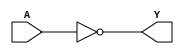
`timescale  1ns /  10ps

`celldefine

/* NOT */

module inv (
  input  wire A ,
  output wire Y );
  not (Y, A);
endmodule


/* BUFIF1 */

module tribuf (
  input  wire A ,
  input  wire E ,
  output wire Y );
  bufif1 (Y, A, E);
endmodule


/* AND */


/* NAND */

module nd2 (
  input  wire A ,
  input  wire B ,
  output wire Y );
  nand (Y, A, B);
endmodule

module nd3 (
  input  wire A ,
  input  wire B ,
  input  wire C ,
  output wire Y );
  nand (Y, A, B, C);
endmodule

module nd8 (
  input  wire A ,
  input  wire B ,
  input  wire C ,
  input  wire D ,
  input  wire E ,
  input  wire F ,
  input  wire G ,
  input  wire H ,
  output wire Y );
  nand (Y, A, B, C, D, E, F, G, H);
endmodule


/* OR */

module or2 (
  input  wire A ,
  input  wire B ,
  output wire Y );
  or (Y, A, B);
endmodule


/* NOR */

module nr2 (
  input  wire A ,
  input  wire B ,
  output wire Y );
  nor (Y, A, B);
endmodule

module nr3 (
  input  wire A ,
  input  wire B ,
  input  wire C ,
  output wire Y );
  nor (Y, A, B, C);
endmodule


/* AND-OR-INV */

module ao21 (
  input  wire A ,
  input  wire B ,
  input  wire C ,
  output wire Y );
  and (ab, A, B);
  nor (Y, ab, C);
endmodule

module ao211 (
  input  wire A ,
  input  wire B ,
  input  wire C ,
  input  wire D ,
  output wire Y );
  and (ab, A, B);
  nor (Y, ab, C, D);
endmodule


/* OR-AND-INV */

module oa21 (
  input  wire A ,
  input  wire B ,
  input  wire C ,
  output wire Y );
  or (ab, A, B);
  nand (Y, ab, C);
endmodule

module oa211 (
  input  wire A ,
  input  wire B ,
  input  wire C ,
  input  wire D ,
  output wire Y );
  or (ab, A, B);
  nand (Y, ab, C, D);
endmodule


/* D-TYPE FLIP-FLOPS */

// Edge Triggered D Flipflop Implementation

module dff_neg (
  input  wire D   ,
  input  wire CKN ,
  output wire Q   );
  nor  (mq,  mqn, sqn, CKN);
  nor  (mqn, mq,       D  );
  nor  (sq,  sqn, mqn     );
  nor  (sqn, sq,       CKN);
  nor  (Q,      sqn, QN);
  nor  (QN,     mq,  Q );
endmodule

module dffr (
  input  wire D  ,
  input  wire CK ,
  input  wire RN ,
  output wire Q  );
  nand (mq,  mqn, sqn, CK);
  nand (mqn, mq,  RN,  D );
  nand (sq,  sqn, mqn    );
  nand (sqn, sq,  RN,  CK);
  nand (Q,      sqn, QN);
  nand (QN, RN, mq,  Q );
endmodule

module dffs (
  input  wire D  ,
  input  wire CK ,
  input  wire SN ,
  output wire Q  ,
  output wire QN );
  nand (mq,  mqn, sqn, CK);
  nand (mqn, mq,       D );
  nand (sq,  sqn, mqn, SN);
  nand (sqn, sq,       CK);
  nand (Q,  SN, sqn, QN);
  nand (QN,     mq,  Q );
endmodule

module dffrs (
  input  wire D  ,
  input  wire CK ,
  input  wire RN ,
  input  wire SN ,
  output wire Q  ,
  output wire QN );
  nand (mq,  mqn, sqn, CK);
  nand (mqn, mq,  RN,  D );
  nand (sq,  sqn, mqn, SN);
  nand (sqn, sq,  RN,  CK);
  nand (Q,  SN, sqn, QN);
  nand (QN, RN, mq,  Q );
endmodule

`endcelldefine